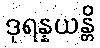
ဒုရန္နယန္တိ